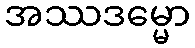
အဿဒမ္မော